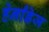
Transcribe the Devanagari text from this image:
हेर्नांडेज